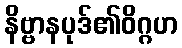
နိဗ္ဗာနပုဒ်၏ဝိဂ္ဂဟ